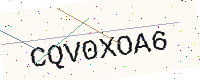
Text: CQV0XOA6